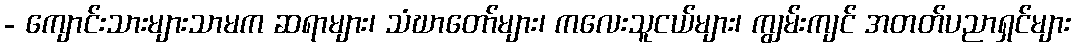
- ကျောင်းသားများသာမက ဆရာများ၊ သံဃာတော်များ၊ ကလေးသူငယ်များ၊ ကျွမ်းကျင် အတတ်ပညာရှင်များ